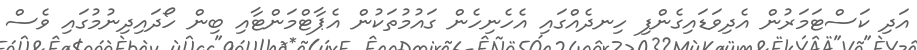
އަދި ކަސްޓަމަރުން އެެދިވަޑައިގެންފި ހިނދެއްގައި އެހެނިހެން ގައުމުތަކުން އެޕާޓްމަންޓާއި ބިން ހޯދައިދިނުމުގައި ވެސް